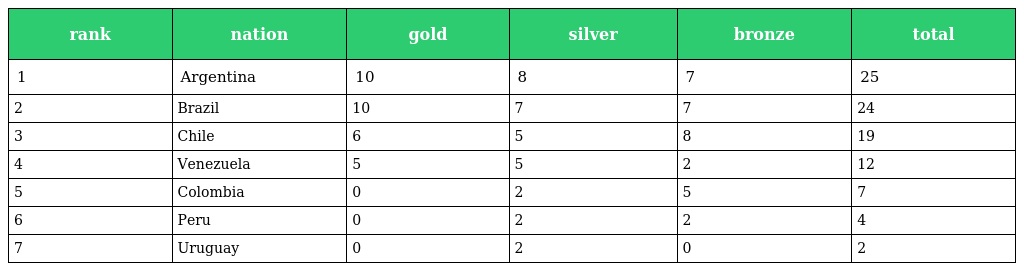
| rank | nation | gold | silver | bronze | total |
 | --- | --- | --- | --- | --- | --- |
 | 1 | Argentina | 10 | 8 | 7 | 25 |
 | 2 | Brazil | 10 | 7 | 7 | 24 |
 | 3 | Chile | 6 | 5 | 8 | 19 |
 | 4 | Venezuela | 5 | 5 | 2 | 12 |
 | 5 | Colombia | 0 | 2 | 5 | 7 |
 | 6 | Peru | 0 | 2 | 2 | 4 |
 | 7 | Uruguay | 0 | 2 | 0 | 2 |